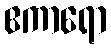
ဧကာရော